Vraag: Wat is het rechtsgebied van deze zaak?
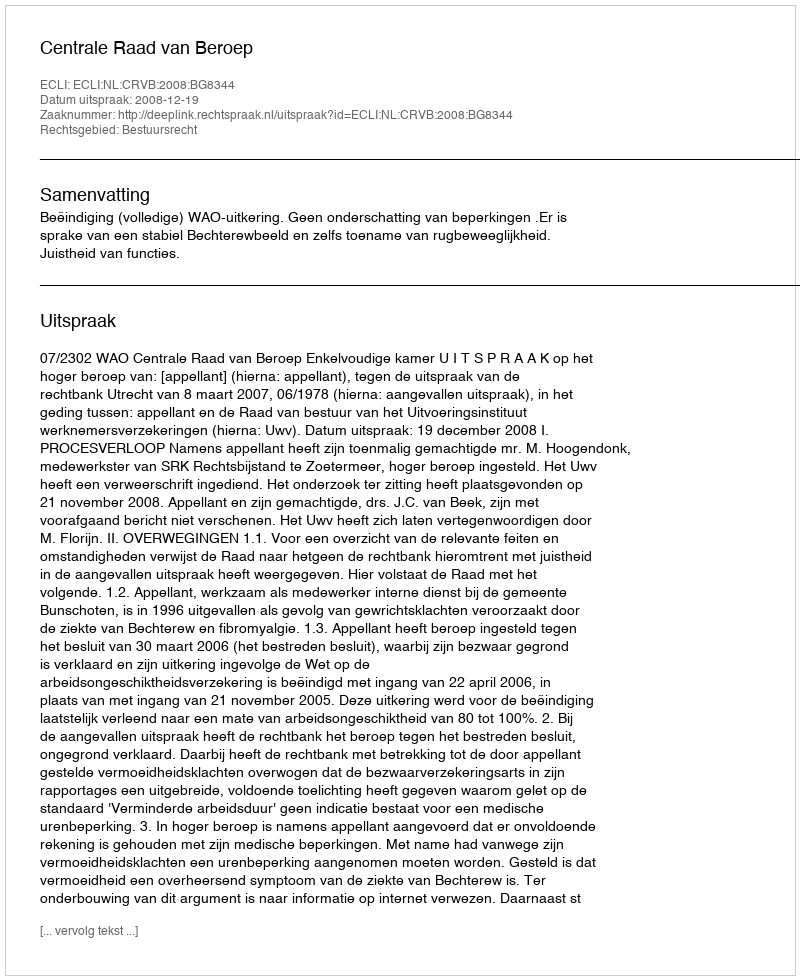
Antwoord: Bestuursrecht